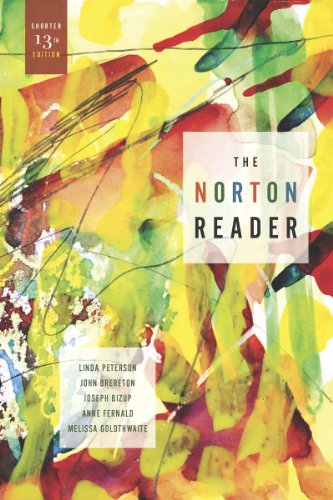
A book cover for The Norton Reader: An Anthology of Nonfiction (Shorter Thirteenth Edition); Literature & Fiction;